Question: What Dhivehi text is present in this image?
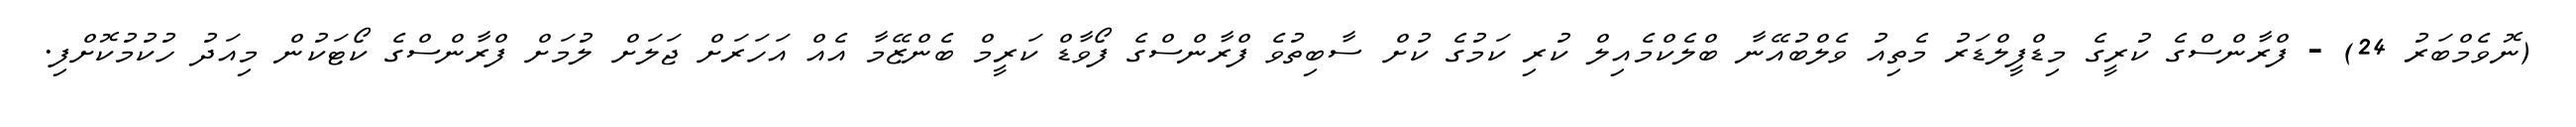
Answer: (ނޮވެމްބަރު 24) - ފްރާންސްގެ ކުރީގެ މިޑްފީލްޑަރު މެތިއު ވެލްބުއޭނާ ބްލެކްމެއިލް ކުރި ކަމުގެ ކުށް ސާބިތުވެ ފްރާންސްގެ ފޯވާޑް ކަރީމް ބެންޒޭމާ އެއް އަހަރަށް ޖަލަށް ލުމަށް ފްރާންސްގެ ކޯޓަކުން މިއަދު ހުކުމުކޮށްފި.